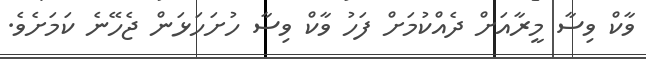
ވާކް ވިސާ މީރާއަށް ދެއްކުމަށް ފަހު ވާކް ވިސާ ހުށަހަޅަން ޖެހޭނެ ކަމަށެވެ.